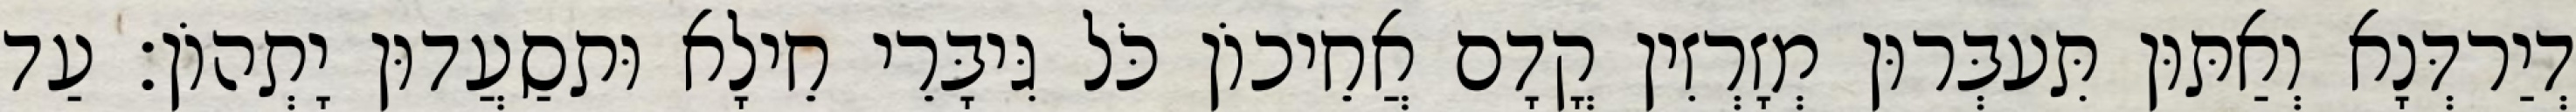
דְיַרדְּנָא וְאַתּוּן תִּעבְּרוּן מְזָרְזִין קֳדָם אֲחֵיכוֹן כֹּל גִּיבָּרֵי חֵילָא וּתסַעֲדוּן יָתְהוֹן׃ עַד